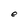
Character: e